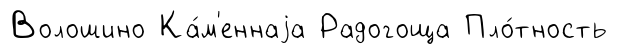
Волошино Ка́м'еннаjа Радогоща Пло́тность